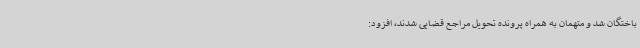
باختگان شد و متهمان به همراه پرونده تحویل مراجع قضایی شدند، افزود: